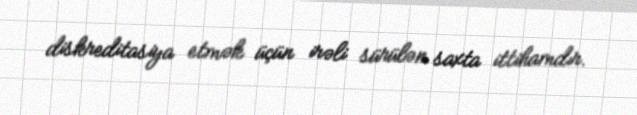
diskreditasiya etmək üçün irəli sürülən saxta ittihamdır.